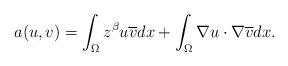
LaTeX: \begin{align*} a(u,v) = \int_\Omega z^\beta u \overline v dx + \int_\Omega \nabla u \cdot \nabla \overline v dx. \end{align*}